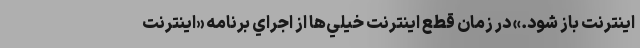
اينترنت باز شود.» در زمان قطع اينترنت خيلي‌ها از اجراي برنامه «اينترنت